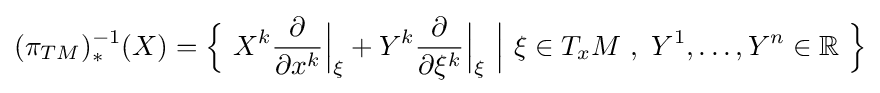
(\pi _{TM})_{*}^{-1}(X)={\Big \{}\ X^{k}{\frac {\partial }{\partial x^{k}}}{\Big |}_{\xi }+Y^{k}{\frac {\partial }{\partial \xi ^{k}}}{\Big |}_{\xi }\ {\Big |}\ \xi \in T_{x}M\ ,\ Y^{1},\ldots ,Y^{n}\in \mathbb {R} \ {\Big \}}